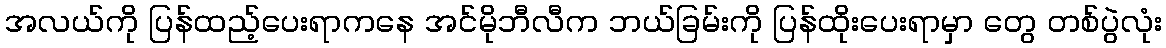
အလယ်ကို ပြန်ထည့်ပေးရာကနေ အင်မိုဘီလီက ဘယ်ခြမ်းကို ပြန်ထိုးပေးရာမှာ တွေ တစ်ပွဲလုံး